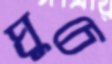
ঘুচে